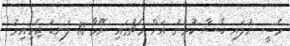
މެސީ ނުލައި ބާސާ ކުޅުނު އަށް މެޗުގައި ނޭމާ 10 ލަނޑު ޖެހިއިރު